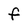
Character: f